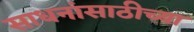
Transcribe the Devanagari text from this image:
साधनांसाठीच्या